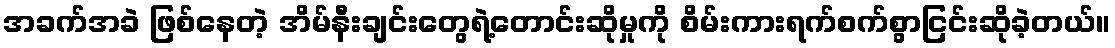
အခက်အခဲ ဖြစ်နေတဲ့ အိမ်နီးချင်းတွေရဲ့တောင်းဆိုမှုကို စိမ်းကားရက်စက်စွာငြင်းဆိုခဲ့တယ်။